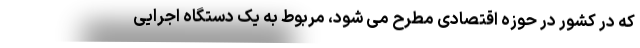
که در کشور در حوزه اقتصادی مطرح می شود، مربوط به یک دستگاه اجرایی